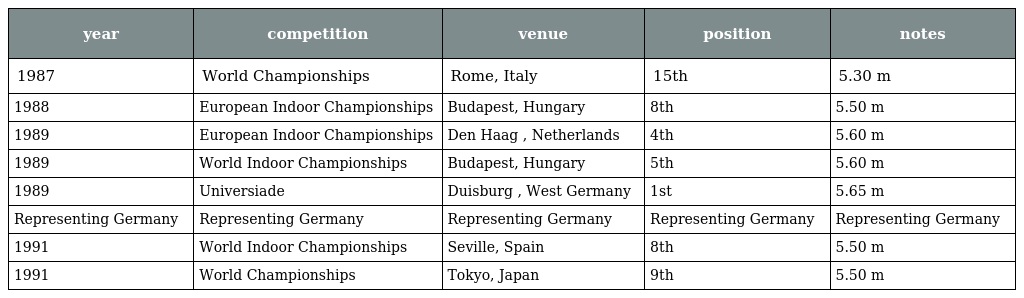
| year | competition | venue | position | notes |
 | --- | --- | --- | --- | --- |
 | 1987 | World Championships | Rome, Italy | 15th | 5.30 m |
 | 1988 | European Indoor Championships | Budapest, Hungary | 8th | 5.50 m |
 | 1989 | European Indoor Championships | Den Haag , Netherlands | 4th | 5.60 m |
 | 1989 | World Indoor Championships | Budapest, Hungary | 5th | 5.60 m |
 | 1989 | Universiade | Duisburg , West Germany | 1st | 5.65 m |
 | Representing Germany | Representing Germany | Representing Germany | Representing Germany | Representing Germany |
 | 1991 | World Indoor Championships | Seville, Spain | 8th | 5.50 m |
 | 1991 | World Championships | Tokyo, Japan | 9th | 5.50 m |